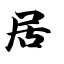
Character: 居